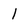
Character: l